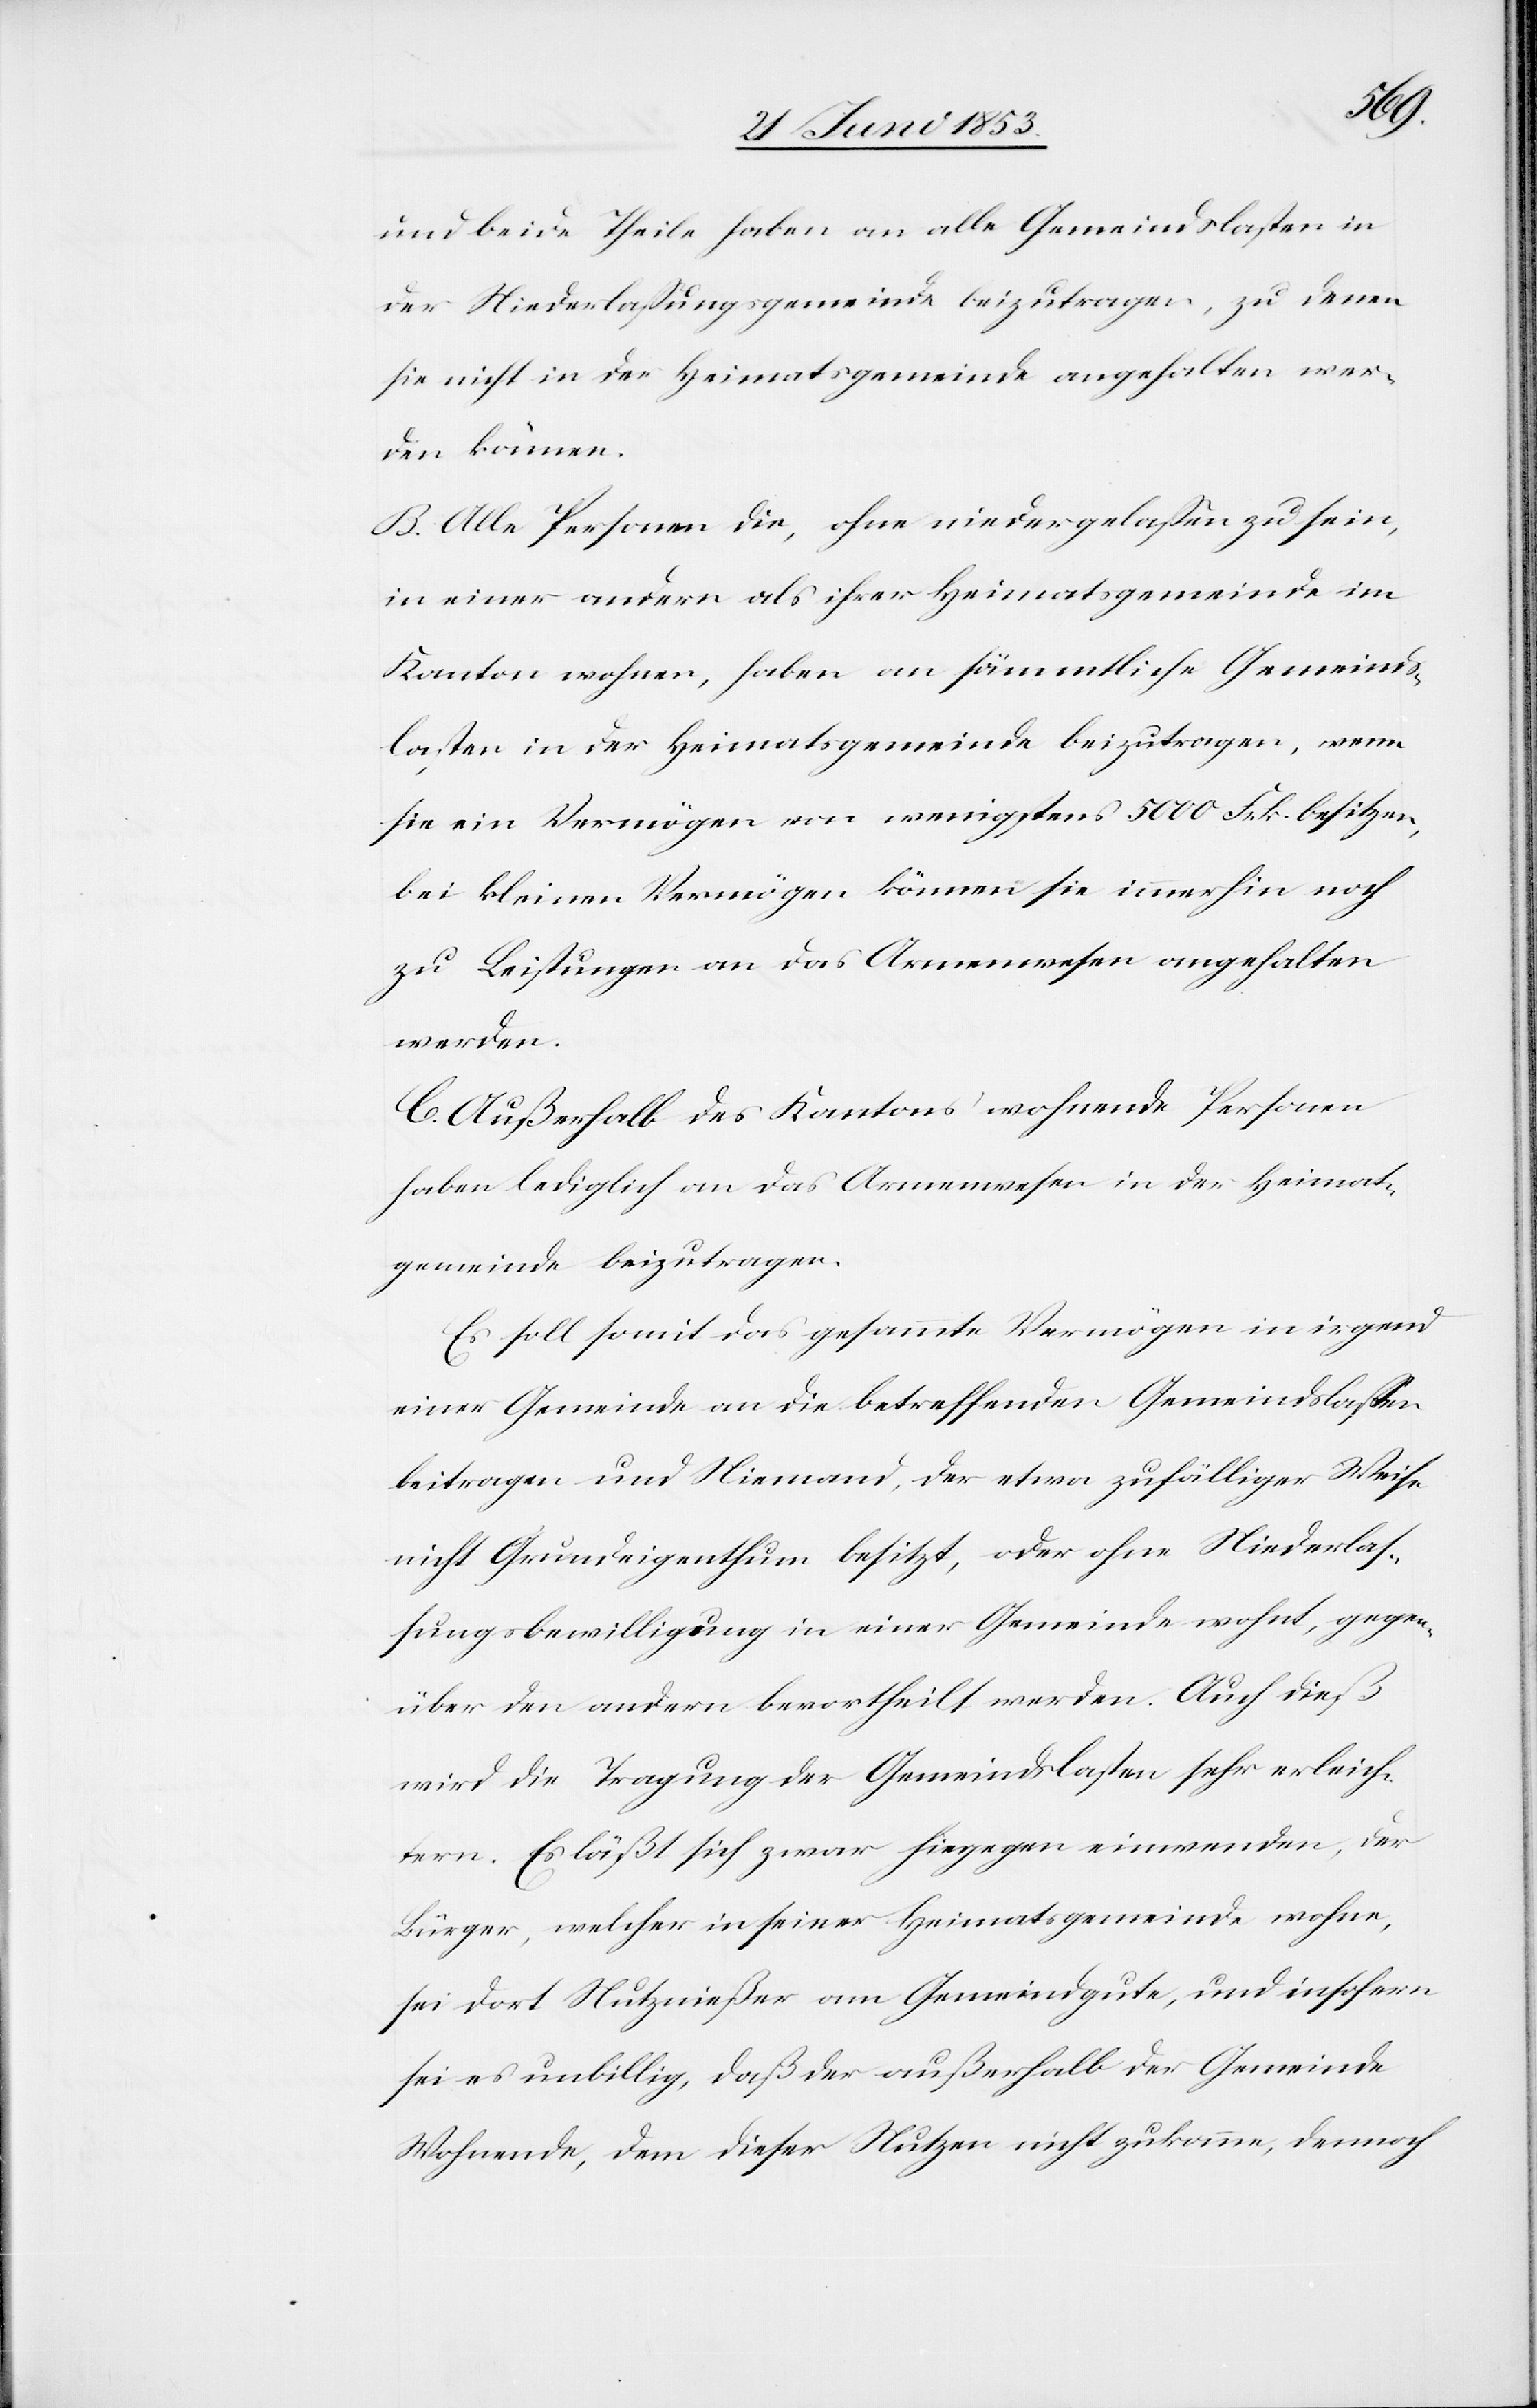
und beide Theile haben an alle Gemeindslasten in
der Niederlaßungsgemeinde beizutragen, zu denen
sie nicht in der Heimatgemeinde angehalten wer¬
den können.
B. Alle Personen die, ohne niedergelaßen zu sein,
in einer andern als ihrer Heimatsgemeinde im
Kanton wohnen, haben an sämmtliche Gemeinds¬
lasten in der Heimatsgemeinde beizutragen, wenn
sie ein Vermögen von wenigstens 5000 Frk. besitzen,
bei kleinen Vermögen können sie immerhin noch
zu Leistungen an das Armenwesen angehalten
werden.
C. Außerhalb des Kantons wohnende Personen
haben lediglich an das Armenwesen in der Heimat¬
gemeinde beizutragen.
Es soll somit das gesammte Vermögen in irgend
einer Gemeinde an die betreffenden Gemeindslasten
beitragen und Niemand, der etwa zufälliger Weise
nicht Grundeigenthum besitzt, oder ohne Niederlaß¬
ungsbewilligung in einer Gemeinde wohnt, gegen¬
über den andern bevortheilt werden. Auch dieß
wird die Tragung der Gemeindslasten sehr erleich¬
tern. Es läßt sich zwar hiegegen einwenden, der
Bürger, welcher in seiner Heimatsgemeinde wohne,
sei dort Nutznießer am Gemeindgute, und insofern
sei es unbillig, daß der außerhalb der Gemeinde
Wohnende, dem dieser Nutzen nicht zukomme, dennoch